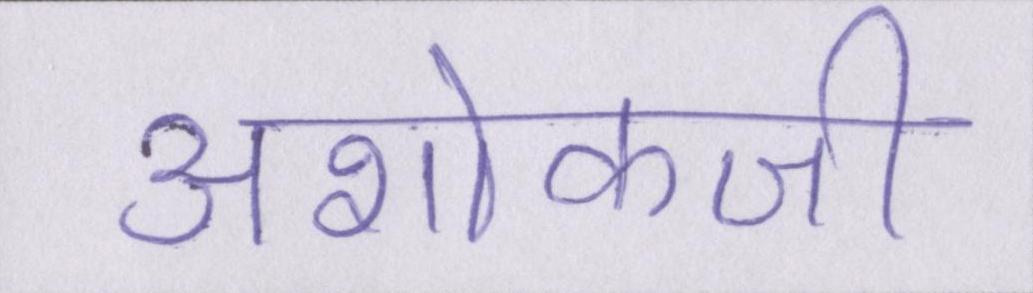
अशोकजी